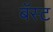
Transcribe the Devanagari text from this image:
बॅस्ट